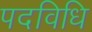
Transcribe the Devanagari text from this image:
पदविधि